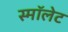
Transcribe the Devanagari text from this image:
स्मॉलेट